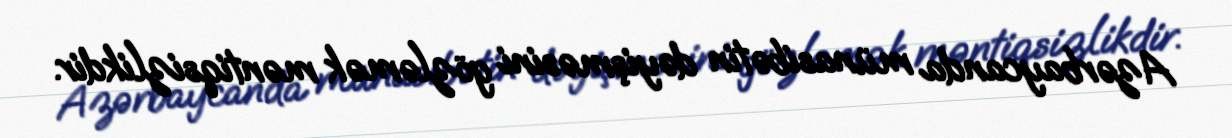
Azərbaycanda münasibətin dəyişməsini gözləmək məntiqsizlikdir.